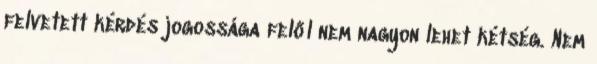
felvetett kérdés jogossága felől nem nagyon lehet kétség. Nem